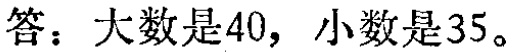
答：大数是40，小数是35。